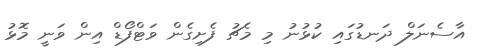
އާސެނަލް ދަނޑުގައި ކުޅުނު މި މެޗު ފެށިގެން ވަޓްފޯޑް އިން ވަނީ މޮޅު